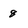
Character: 8